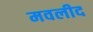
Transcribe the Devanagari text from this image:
मवलीद